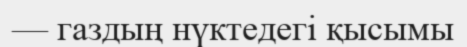
— газдың нүктедегі қысымы